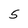
Character: 5